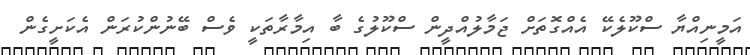
އަމީނިއްޔާ ސްކޫލެކޭ އެއްގޮތަށް ޖަމާލުއްދީން ސްކޫލުގެ ބާ އިމާރާތަކީ ވެސް ބޭނުންކުރަން އެކަށީގެން